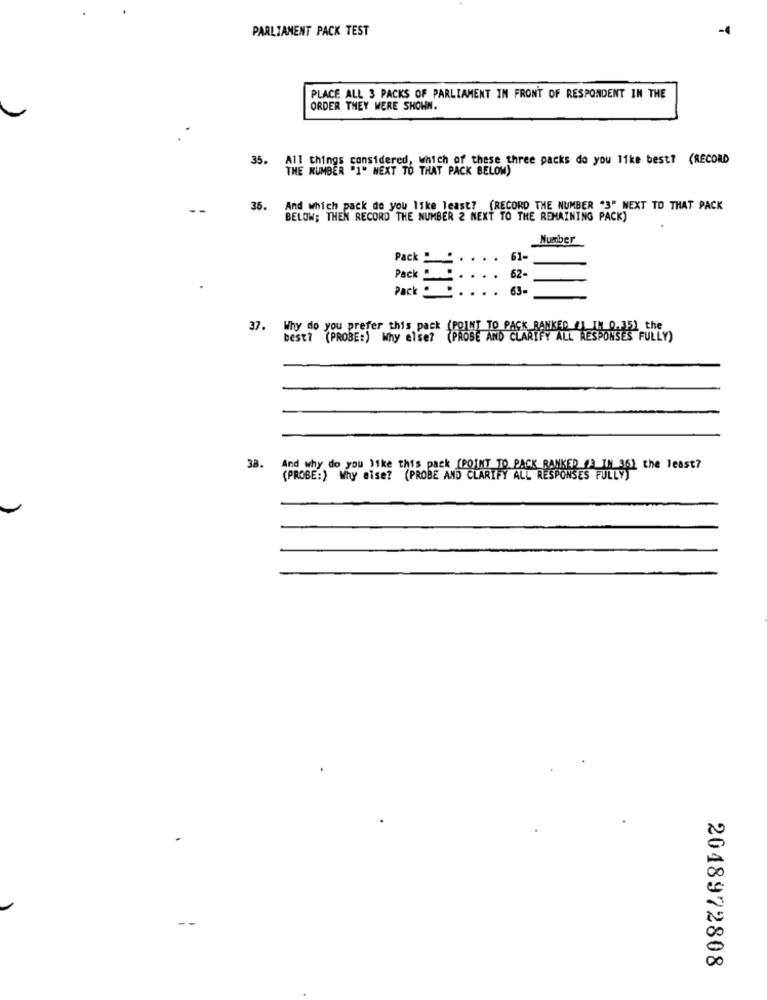
PARLIAMENT PACK TEST
-1
PLACE ALL 3 PACKS OF PARLIAMENT IN FRONT OF RESPONDENT IN THE
ORDER THEY WERE SHOWN.
35. All things considered, which of these three packs do you like best? (RECORD
THE NUMBER "1" NEXT TO THAT PACK BELOW)
35. And which pack de you like least? (RECORD THE NUMBER "3" NEXT TO THAT PACK
BELOW; THEN RECORD THE NUMBER 2 NEXT TO THE REMAINING PACK)
Number
Pack " .. . . . 61-
.... 62-
Pack
Pack
.. . . 63-
37.
Why do you prefer this pack (POINT TO PACK BANKED /1 IN 0.35) the
best? (PROBE:) Why else? (PROBE AND CLARIFY ALL RESPONSES FULLY)
38.
And why do you like this pack (POINT TO PACK BANKER (3 IN 36) the least?
(PROBE:) Why else? (PROBE AND CLARIFY ALL RESPONSES FULLY
00
00
00
2048972808